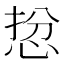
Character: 𢚅